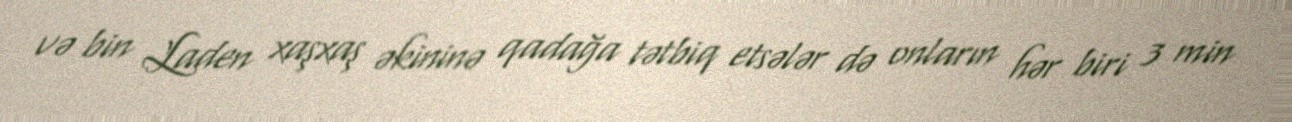
və bin Laden xaşxaş əkininə qadağa tətbiq etsələr də onların hər biri 3 min